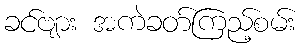
ခင်ဗျား အကဲခတ်ကြည့်စမ်း